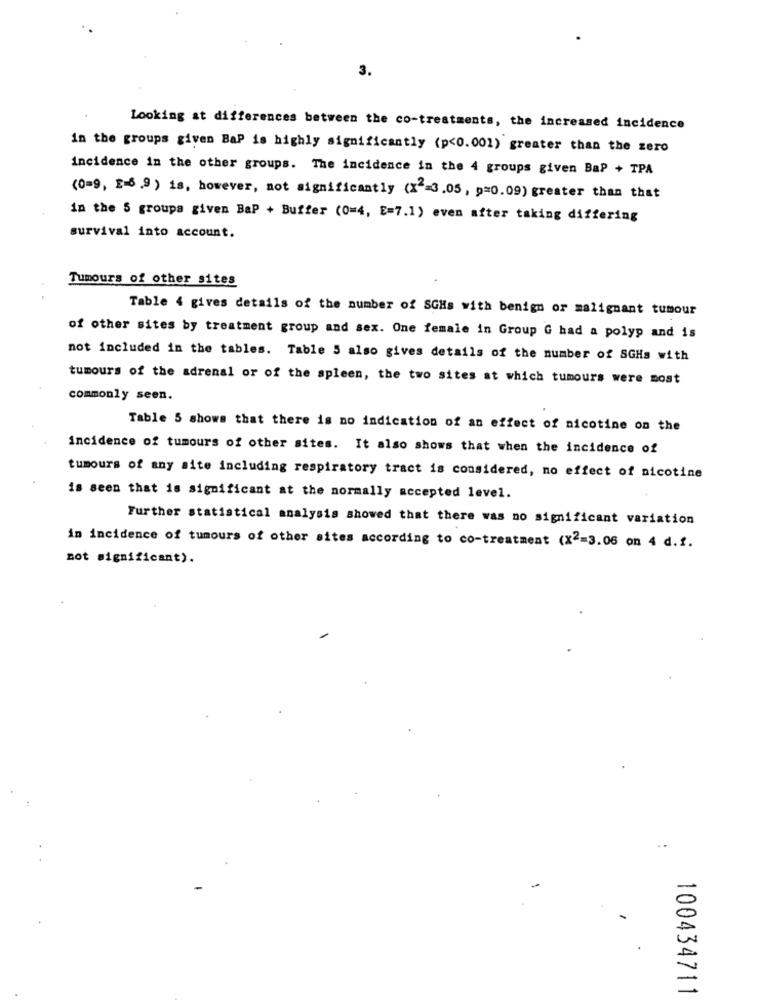
3.
Looking at differences between the co-treatments, the increased incidence
in the groups given BaP is highly significantly (p<0.001) greater than the zero
incidence in the other groups. The incidence in the 4 groups given BaP + TPA
(0=9, £=6.9 ) is, however, not significantly (X == 3.05, p=0.09) greater than that
in the 5 groupa given BaP + Buffer (0=4, E=7.1) even after taking differing
survival into account.
Tumours of other sites
Table 4 gives details of the number of SGHs with benign or malignant tumour
of other sites by treatment group and sex. One female in Group G had a polyp and is
not included in the tables. Table 5 also gives details of the number of SGHs with
tumours of the adrenal or of the spleen, the two sites at which tumours were most
commonly seen.
Table 5 shows that there is no indication of an effect of nicotine on the
incidence of tumours of other sites. It also shows that when the incidence of
tumours of any aite including respiratory tract is considered, no effect of nicotine
is seen that is significant at the normally accepted level.
Further statistical analysis showed that there was no significant variation
in incidence of tumours of other sites according to co-treatment (X2=3.06 on 4 d.f.
not significant).
100434711